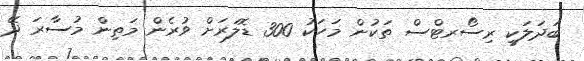
ބަދަލަކީ ރިސޯރޓްސް ތަކުން މަހަކު 300 ޑޮލަރަށް ވުރެން މަތިން މުސާރަ ދޭ